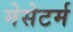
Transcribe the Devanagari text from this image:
मेसेटर्म